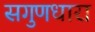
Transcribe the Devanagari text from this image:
सगुणधारा